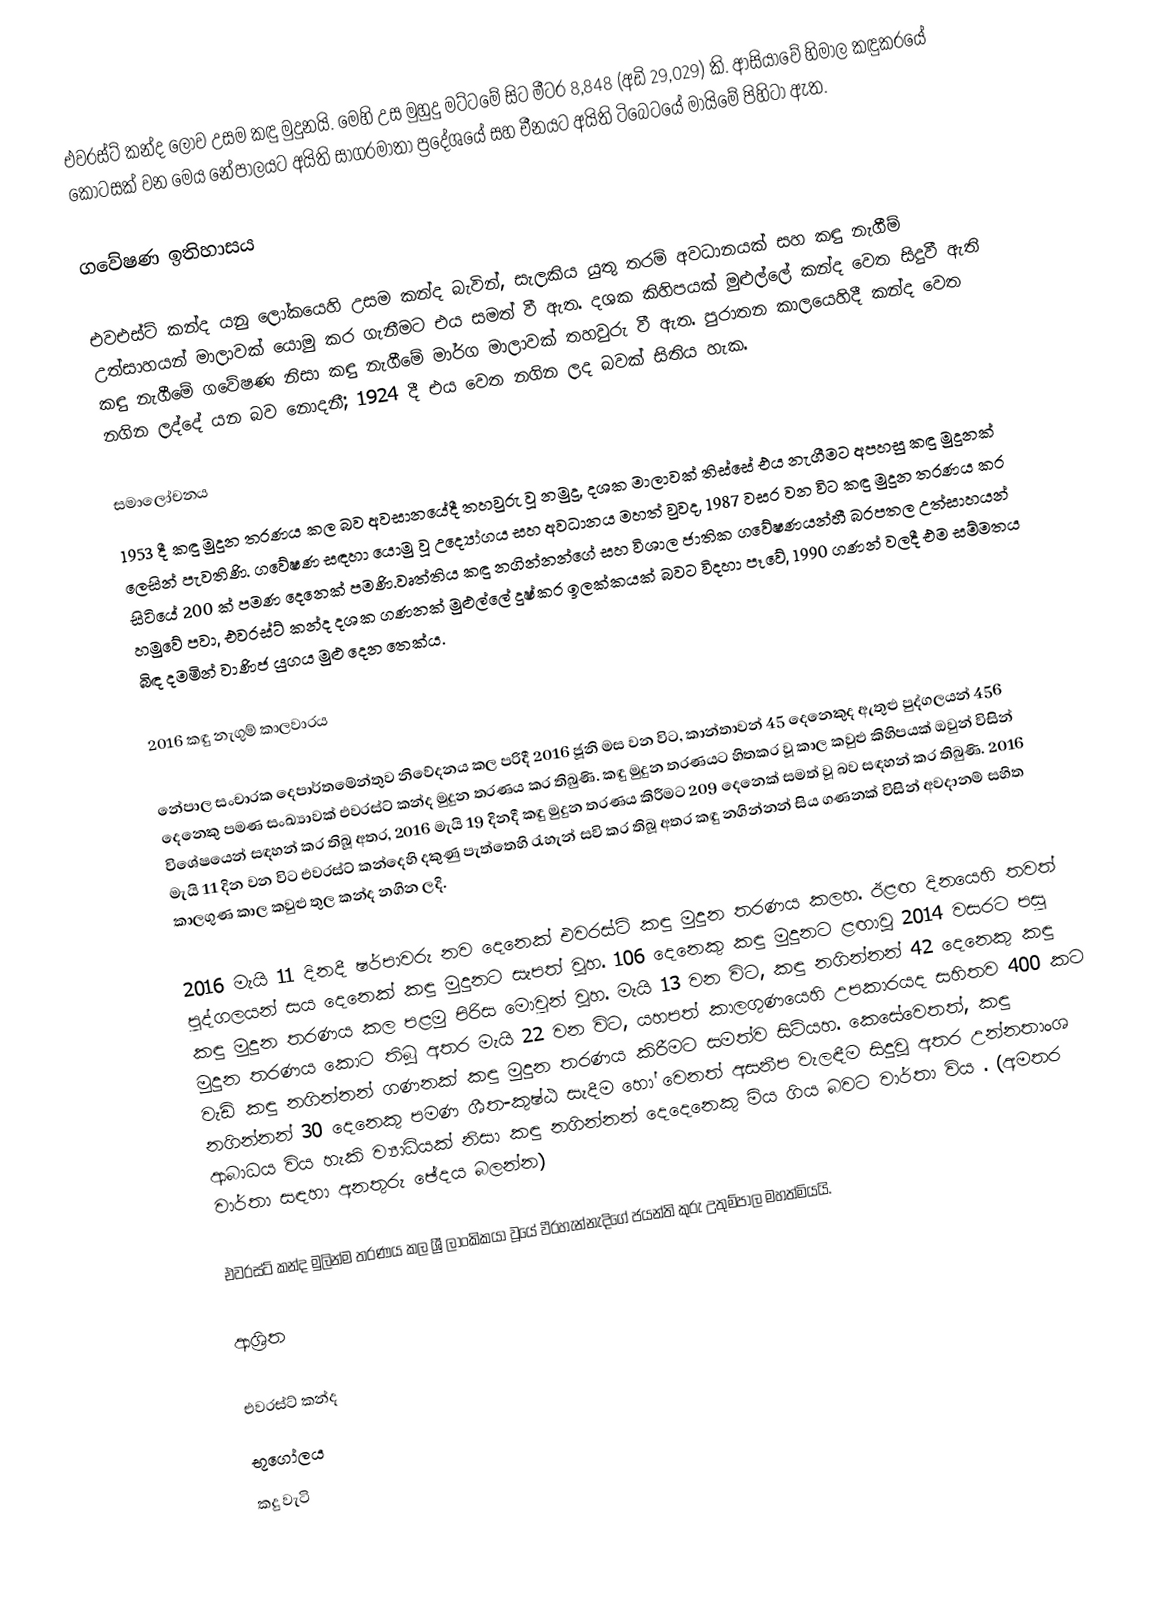
එවරස්ට් කන්ද ලොව උසම කඳු මුදුනයි. මෙහි උස මුහුදු මට්ටමේ සිට මීටර 8,848 (අඩි 29,029) කි. ආසියාවේ හිමාල කඳුකරයේ කොටසක් වන මෙය නේපාලයට අයිති සාගරමාතා ප්‍රදේශයේ සහ චීනයට අයිති ටිබෙටයේ මායිමේ පිහිටා ඇත.

ගවේෂණ ඉතිහාසය

එවඑස්ට් කන්ද යනු  ලෝකයෙහි උසම කන්ද බැවින්, සැලකිය යුතු තරම් අවධානයක් සහ කඳු නැගීම් උත්සාහයන් මාලාවක් යොමු කර ගැනීමට එය සමත් වී ඇත. දශක කිහිපයක් මුළුල්ලේ කන්ද වෙත සිදුවී ඇති කඳු නැගීමේ ගවේෂණ නිසා කඳු නැගීමේ මාර්ග මාලාවක් තහවුරු වී ඇත. පුරාතන කාලයෙහිදී කන්ද වෙත නගින ලද්දේ යන බව නොදනී; 1924 දී එය වෙත නගින ලද බවක් සිතිය හැක.

සමාලෝචනය
1953 දී කඳු මුදුන තරණය කල බව අවසානයේදී තහවුරු වූ නමුදු, දශක මාලාවක් තිස්සේ එය නැගීමට අපහසු කඳු මුදුනක් ලෙසින් පැවතිණි. ගවේෂණ සඳහා යොමු වූ උද්‍යෝගය සහ අවධානය මහත් වුවද, 1987 වසර වන විට කඳු මුදුන තරණය කර සිටියේ 200 ක් පමණ දෙනෙක් පමණි.වෘත්තිය කඳු නගින්නන්ගේ සහ විශාල ජාතික ගවේෂණයන්හී බරපතල උත්සාහයන් හමුවේ පවා, එවරස්ට් කන්ද දශක ගණනක් මුළුල්ලේ දුෂ්කර ඉලක්කයක් බවට විදහා පෑවේ, 1990 ගණන් වලදී එම සම්මතය බිඳ දමමින් වාණිජ යුගය මුළු දෙන තෙක්ය.

2016 කඳු නැගුම් කාලවාරය

නේපාල සංචාරක දෙපාර්තමේන්තුව නිවේදනය කල පරිදී 2016 ජූනි මස වන විට, කාන්තාවන් 45 දෙනෙකුද ඇතුළු පුද්ගලයන් 456 දෙනෙකු පමණ සංඛ්‍යාවක් එවරස්ට් කන්ද මුදුන තරණය කර තිබුණි. කඳු මුදුන තරණයට හිතකර වූ කාල කවුළු කිහිපයක් ඔවුන් විසින් විශේෂයෙන් සඳහන් කර තිබූ අතර, 2016 මැයි 19 දිනදී කඳු මුදුන තරණය කිරීමට 209 දෙනෙක් සමත් වූ බව සඳහන් කර තිබුණි.  2016 මැයි 11 දින වන විට එවරස්ට් කන්දෙහි දකුණු පැත්තෙහි රැහැන් සවි කර තිබූ අතර කඳු නගින්නන් සිය ගණනක් විසින් අවදානම් සහිත කාලගුණ කාල කවුළු තුල කන්ද නගින ලදි.

2016 මැයි 11 දිනදී ෂර්පාවරු නව දෙනෙක් එවරස්ට් කඳු මුදුන තරණය කලහ. ඊළඟ දිනයෙහි තවත් පුද්ගලයන් සය දෙනෙක් කඳු මුදුනට සැපත් වූහ. 106 දෙනෙකු කඳු මුදුනට ළඟාවූ 2014 වසරට පසු කඳු මුදුන තරණය කල පළමු පිරිස මොවුන් වූහ.  මැයි 13 වන විට, කඳු නගින්නන් 42 දෙනෙකු කඳු මුදුන තරණය කොට තිබූ අතර  මැයි 22 වන විට, යහපත් කාලගුණයෙහි උපකාරයද සහිතව  400 කට වැඩි කඳු නගින්නන් ගණනක් කඳු මුදුන තරණය කිරීමට සමත්ව සිටියහ. කෙසේවෙතත්, කඳු නගින්නන් 30 දෙනෙකු පමණ ශීත-කුෂ්ඨ සැදීම හෝ වෙනත් අසනීප වැලඳීම සිදුවූ අතර උන්නතාංශ ආබාධය විය හැකි ව්‍යාධියක් නිසා කඳු නගින්නන් දෙදෙනෙකු මිය ගිය බවට වාර්තා විය . (අමතර වාර්තා සඳහා අනතුරු ඡේදය බලන්න)

එවරස්ට් කන්ද මුලින්ම තරණය කල ශ්‍රී ලාංකිකයා වූයේ වීරහැන්නැදිගේ ජයන්ති කුරු උතුම්පාල මහත්මියයි.

ආශ්‍රිත

එවරස්ට් කන්ද
භූගෝලය
කදු වැටි